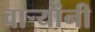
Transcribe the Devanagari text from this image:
वाऱ्यांनी